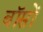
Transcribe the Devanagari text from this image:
बॉसों